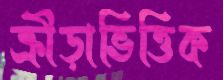
ক্রীড়াভিত্তিক